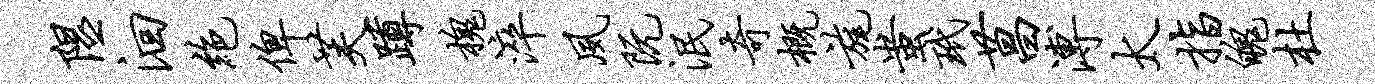
隰洄绝俾芙蹲槐淬夙阮泯奇概旄蚩玳菖溥太指魄杜